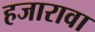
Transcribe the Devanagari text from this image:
हजारावा